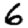
Digit: 6